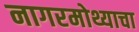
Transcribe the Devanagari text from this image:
नागरमोथ्याचा